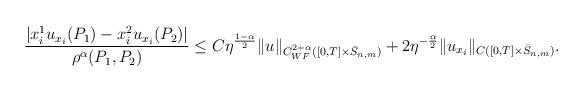
LaTeX: \begin{align*}\begin{aligned}\frac{|x^1_iu_{x_i}(P_1) - x^2_iu_{x_i}(P_2)|}{\rho^{\alpha}(P_1,P_2)}&\leq C\eta^{\frac{1-\alpha}{2}} \|u\|_{C^{2+\alpha}_{WF}([0,T]\times\bar S_{n,m})} + 2 \eta^{-\frac{\alpha}{2}} \|u_{x_i}\|_{C([0,T]\times\bar S_{n,m})}.\end{aligned}\end{align*}